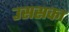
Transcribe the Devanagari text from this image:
उससका